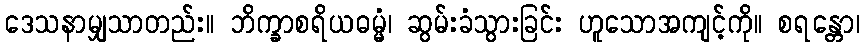
ဒေသနာမျှသာတည်း။ ဘိက္ခာစရိယဓမ္မံ၊ ဆွမ်းခံသွားခြင်း ဟူသောအကျင့်ကို။ စရန္တော၊